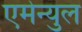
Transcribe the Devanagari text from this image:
एमेन्युल